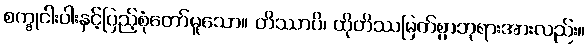
စက္ခုငါးပါးနှင့်ပြည့်စုံတော်မူသော။ တိဿာပိ၊ ထိုတိဿမြတ်စွာဘုရားအားလည်း။